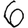
Digit: 6